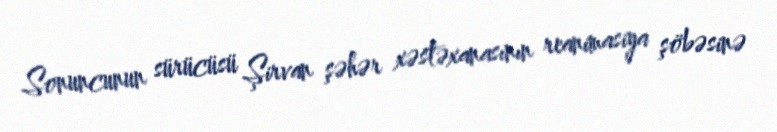
Sonuncunun sürücüsü Şirvan şəhər xəstəxanasının reanimasiya şöbəsinə